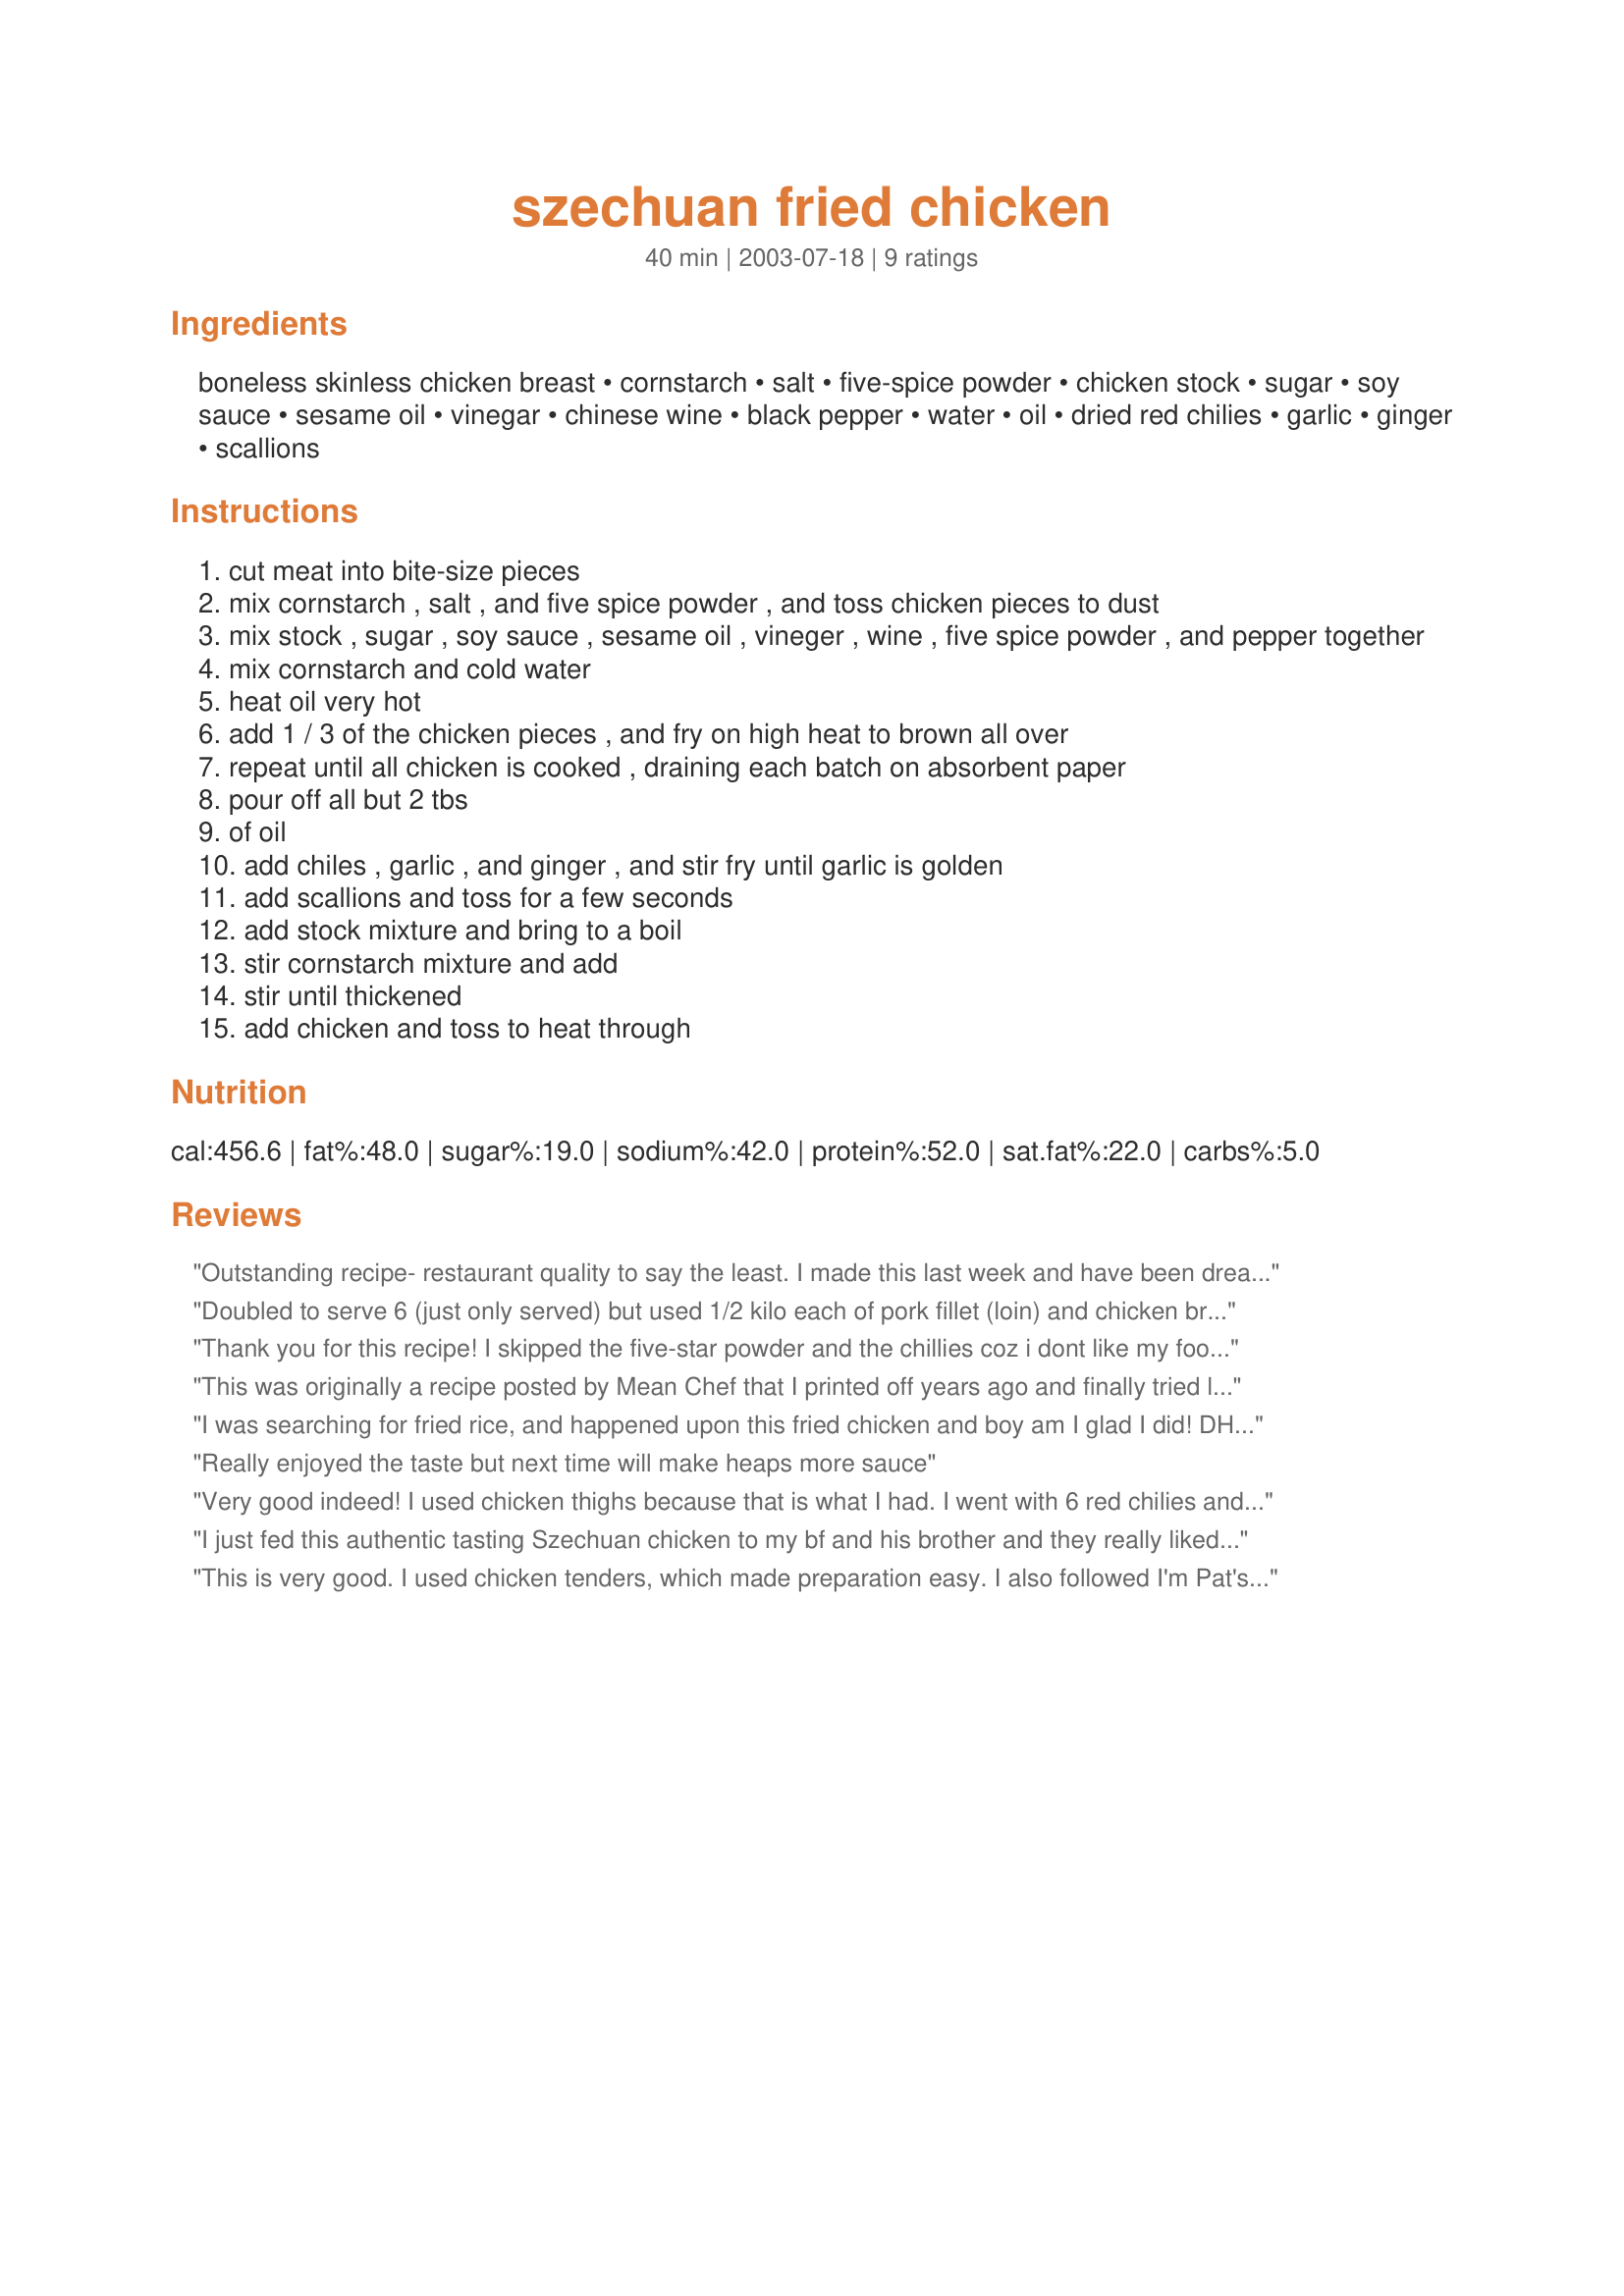
szechuan fried chicken
Preparation time: 40 minutes

Ingredients:
boneless skinless chicken breast, cornstarch, salt, five-spice powder, chicken stock, sugar, soy sauce, sesame oil, vinegar, chinese wine, black pepper, water, oil, dried red chilies, garlic, ginger, scallions

Steps:
cut meat into bite-size pieces
mix cornstarch , salt , and five spice powder , and toss chicken pieces to dust
mix stock , sugar , soy sauce , sesame oil , vineger , wine , five spice powder , and pepper together
mix cornstarch and cold water
heat oil very hot
add 1 / 3 of the chicken pieces , and fry on high heat to brown all over
repeat until all chicken is cooked , draining each batch on absorbent paper
pour off all but 2 tbs
of oil
add chiles , garlic , and ginger , and stir fry until garlic is golden
add scallions and toss for a few seconds
add stock mixture and bring to a boil
stir cornstarch mixture and add
stir until thickened
add chicken and toss to heat through

Reviews:
Outstanding recipe- restaurant quality to say the least. I made this last week and have been dreaming about it ever since. The flavor is complex, fiery, and authentically asian. As always with Mean's recipes, the amounts were bang on and needed no alteration from me. Thanks for another winner.
Doubled to serve 6 (just only served) but used 1/2 kilo each of pork fillet (loin) and chicken breast. Just before adding chicken/pork we added 1 cup each of cauliflower and brocolli flowerettes, carrot sliced in batons (microwaved to aldente) and snow peas plus 1 x 190gm can champignions halved and 1 cup of bamboo bean shoots. Served over pasta (change from rice). All thoroughly enjoyed and DH said a keeper.
Thank you for this recipe! I skipped the five-star powder and the chillies coz i dont like my food very hot! I added zucchini and corn and it tasted incredible over rice! This recipe is definitely a keeper:D
This was originally a recipe posted by Mean Chef that I printed off years ago and finally tried last night. I loved the technique of pre frying the chicken, as our chicken breasts were very tender. Next time I would definitely double the sauce as we found the consistency too thick after adding the cornstarch. We would also omit the five spice powder as we found it overbearing on the overall flavour. Thanks Mean Chef!
I was searching for fried rice, and happened upon this fried chicken and boy am I glad I did! DH LOVED it, and he rarely gives such kudos. Terrific with or without the sauce. A definite keeper!
Really enjoyed the taste but next time will make heaps more sauce
Very good indeed! I used chicken thighs because that is what I had. I went with 6 red chilies and found that to be plenty of spice for us. My 13 year old thought it could of been hotter though. My 3 year old thought it was spicy, but devoured it anyway. Excellent. Thank you.
I just fed this authentic tasting Szechuan chicken to my bf and his brother and they really liked it!. I did add a little hoisin sauce and extra sugar. Thank you for the recipe.
This is very good. I used chicken tenders, which made preparation easy. I also followed I'm Pat's example and added some vegetables - carrot and green peppers in my case. I increased the sauce by half again to account for the added volume. I was a little wary of the 5-spice, but followed the recipe, and am glad I did. Thank you for posting this recipe.
